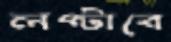
লপ্‌টাবে